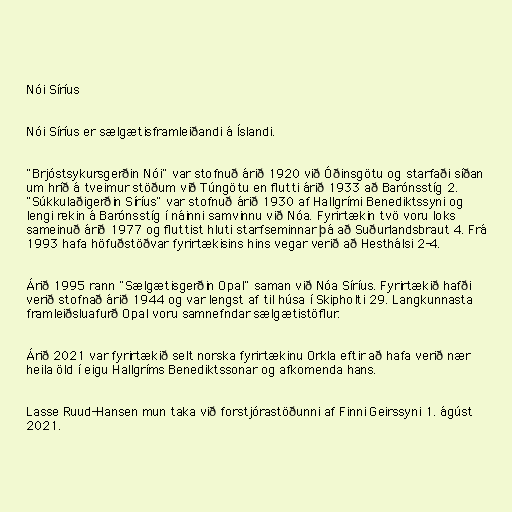
Nói Síríus

Nói Síríus er sælgætisframleiðandi á Íslandi.

"Brjóstsykursgerðin Nói" var stofnuð árið 1920 við Óðinsgötu og starfaði síðan
um hríð á tveimur stöðum við Túngötu en flutti árið 1933 að Barónsstíg 2.
"Súkkulaðigerðin Síríus" var stofnuð árið 1930 af Hallgrími Benediktssyni og
lengi rekin á Barónsstíg í náinni samvinnu við Nóa. Fyrirtækin tvö voru loks
sameinuð árið 1977 og fluttist hluti starfseminnar þá að Suðurlandsbraut 4. Frá
1993 hafa höfuðstöðvar fyrirtækisins hins vegar verið að Hesthálsi 2-4.

Árið 1995 rann "Sælgætisgerðin Opal" saman við Nóa Síríus. Fyrirtækið hafði
verið stofnað árið 1944 og var lengst af til húsa í Skipholti 29. Langkunnasta
framleiðsluafurð Opal voru samnefndar sælgætistöflur.

Árið 2021 var fyrirtækið selt norska fyrirtækinu Orkla eftir að hafa verið nær
heila öld í eigu Hallgríms Benediktssonar og afkomenda hans.

Lasse Ruud-Hansen mun taka við forstjórastöðunni af Finni Geirssyni 1. ágúst
2021.